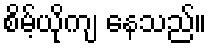
စိမ့်ယိုကျ နေသည်။